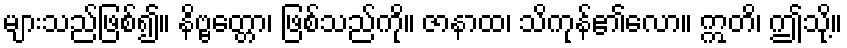
များသည်ဖြစ်၍။ နိဗ္ဗတ္တော၊ ဖြစ်သည်ကို။ ဇာနာထ၊ သိကုန်၏လော။ ဣတိ၊ ဤသို့။